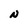
Character: N